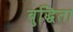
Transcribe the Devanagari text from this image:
बुद्धिता